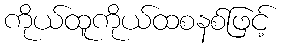
ကိုယ်ထူကိုယ်ထစနစ်ဖြင့်